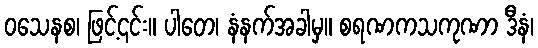
ဝသေနစ၊ ဖြင့်၎င်း။ ပါတေ၊ နံနက်အခါမှ။ စရဏကသကုဏာ ဒီနံ၊